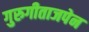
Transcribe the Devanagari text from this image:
गुरुगीताजपेन